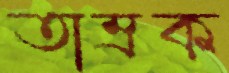
তাম্রক